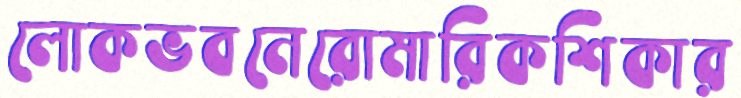
লোকভবনেরোমারিকশিকার